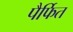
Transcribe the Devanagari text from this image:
पैर्फित